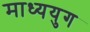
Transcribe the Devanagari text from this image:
माध्ययुग